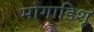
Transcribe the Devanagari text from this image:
मोगाडिशू